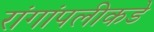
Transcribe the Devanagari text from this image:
रांगांपलीकडे